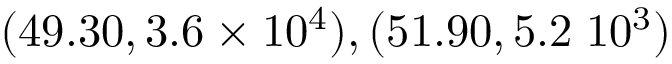
( 4 9 . 3 0 , 3 . 6 \times 1 0 ^ { 4 } ) , ( 5 1 . 9 0 , 5 . 2 \; 1 0 ^ { 3 } )